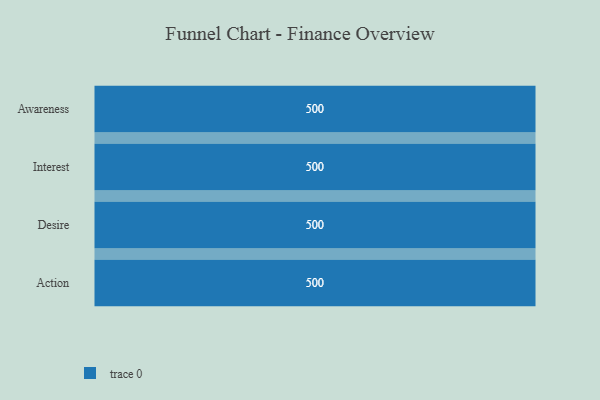
{"axis": {"x": "Stage", "y": "Value"}, "legend": [""], "data": [{"x": "Awareness", "y": 500, "type": ""}, {"x": "Interest", "y": 500, "type": ""}, {"x": "Desire", "y": 500, "type": ""}, {"x": "Action", "y": 500, "type": ""}]}